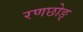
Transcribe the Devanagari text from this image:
रणछोङ्